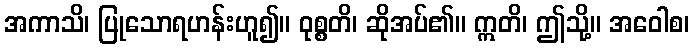
အကာသိ၊ ပြုသောရဟန်းဟူ၍။ ဝုစ္စတိ၊ ဆိုအပ်၏။ ဣတိ၊ ဤသို့။ အဝေါစ၊